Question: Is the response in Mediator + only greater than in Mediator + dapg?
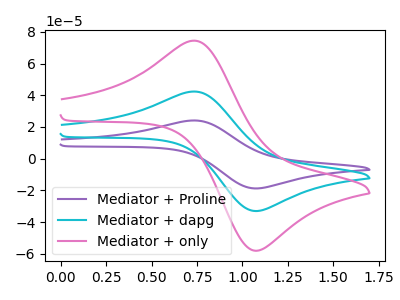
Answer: <think>The purple curve "Mediator + Proline" has an anodic peak at (0.75V, 84.65uA) and a cathodic peak at (1.10V, -65.75uA). The cyan curve "Mediator + dapg" has an anodic peak at (0.75V, 42.35uA) and a cathodic peak at (1.10V, -32.90uA). The pink curve "Mediator + only" has an anodic peak at (0.75V, 74.40uA) and a cathodic peak at (1.10V, -57.80uA).
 All the peaks in "Mediator + only" have a peak in "Mediator + dapg" at the same potential. Every peak in "Mediator + only" is higher than every peak in "Mediator + dapg".</think>
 <answer>"Mediator + only" has more signal than "Mediator + dapg".</answer>
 <eval>more_signal</eval>